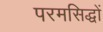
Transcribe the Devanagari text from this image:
परमसिद्धों